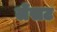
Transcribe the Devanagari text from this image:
लेंसट